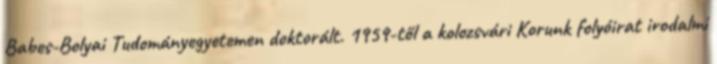
Babes-Bolyai Tudományegyetemen doktorált. 1959-től a kolozsvári Korunk folyóirat irodalmi